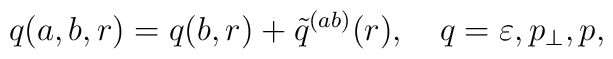
q(a,b,r)=q(b,r)+\tilde q^{(ab)}(r),\quad q=\varepsilon ,p_\perp ,p,